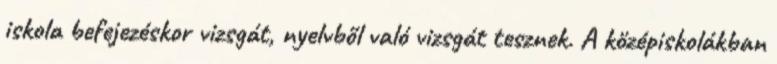
iskola befejezéskor vizsgát, nyelvből való vizsgát tesznek. A középiskolákban